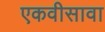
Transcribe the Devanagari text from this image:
एकवीसावा